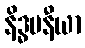
နိဒ္ဓမနီယာ